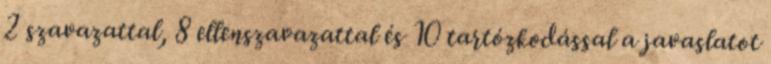
2 szavazattal, 8 ellenszavazattal és 10 tartózkodással a javaslatot